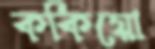
ককিয়ো